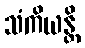
သံကိယန္တိ